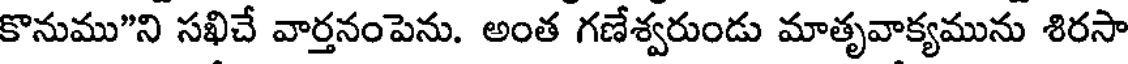
కొనుము"ని సఖిచే వార్తనంపెను. అంత గణేశ్వరుండు మాతృవాక్యమును శిరసా